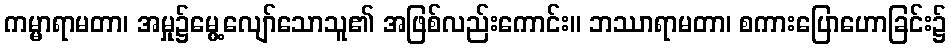
ကမ္မာရာမတာ၊ အမှု၌မွေ့လျော်သောသူ၏ အဖြစ်လည်းကောင်း။ ဘဿာရာမတာ၊ စကားပြောဟောခြင်း၌